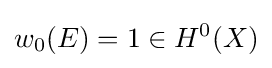
w_{0}(E)=1\in H^{0}(X)